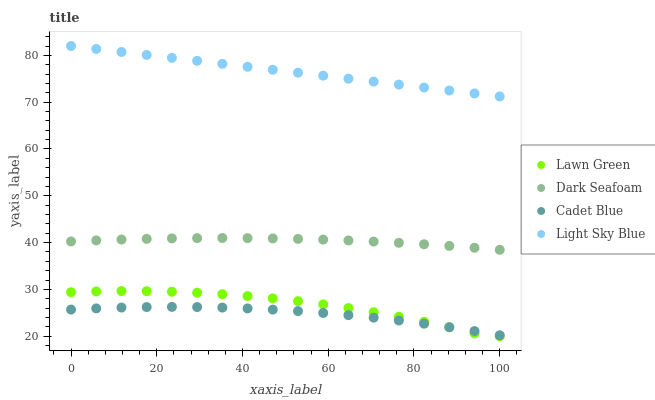
| xaxis_label | Lawn Green | Dark Seafoam | Cadet Blue | Light Sky Blue |
 | --- | --- | --- | --- | --- |
 | 0 | 29.4 | 40.3 | 25.7 | 82 |
 | 5.88 | 29.6 | 40.5 | 26 | 81.4 |
 | 11.8 | 29.7 | 40.7 | 26.1 | 80.7 |
 | 17.6 | 29.6 | 40.8 | 26.2 | 80.1 |
 | 23.5 | 29.5 | 40.9 | 26.3 | 79.5 |
 | 29.4 | 29.3 | 41 | 26.2 | 78.8 |
 | 35.3 | 29 | 41 | 26.1 | 78.2 |
 | 41.2 | 28.6 | 41 | 25.9 | 77.6 |
 | 47.1 | 28.1 | 40.9 | 25.7 | 76.9 |
 | 52.9 | 27.5 | 40.8 | 25.4 | 76.3 |
 | 58.8 | 26.8 | 40.6 | 25 | 75.7 |
 | 64.7 | 26 | 40.5 | 24.5 | 75 |
 | 70.6 | 25.1 | 40.2 | 24 | 74.4 |
 | 76.5 | 24.2 | 40 | 23.4 | 73.8 |
 | 82.4 | 23.1 | 39.6 | 22.7 | 73.1 |
 | 88.2 | 21.9 | 39.3 | 21.9 | 72.5 |
 | 94.1 | 20.7 | 38.9 | 21.1 | 71.9 |
 | 100 | 20 | 38.5 | 20.2 | 71.2 |